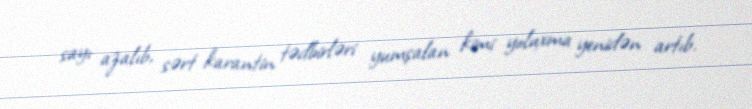
sayı azalıb, sərt karantin tədbirləri yumşalan kimi yoluxma yenidən artıb.